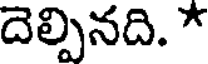
దెల్పినది. *